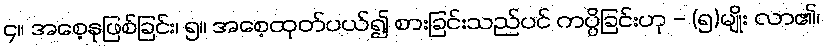
၄။ အစေ့နုဖြစ်ခြင်း၊ ၅။ အစေ့ထုတ်ပယ်၍ စားခြင်းသည်ပင် ကပ္ပိခြင်းဟု - (၅)မျိုး လာ၏၊